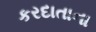
કરદાતાના